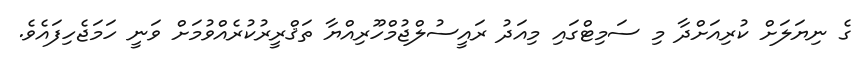
ގެ ނިޔަލަށް ކުރިއަށްދާ މި ސަމިޓްގައި މިއަދު ރައީސުލްޖުމްހޫރިއްޔާ ތަޤްރީރުކުރެއްވުމަށް ވަނީ ހަމަޖެހިފައެވެ.